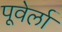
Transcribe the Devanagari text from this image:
पूवेर्ला